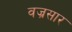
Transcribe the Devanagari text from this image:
वज्रसार